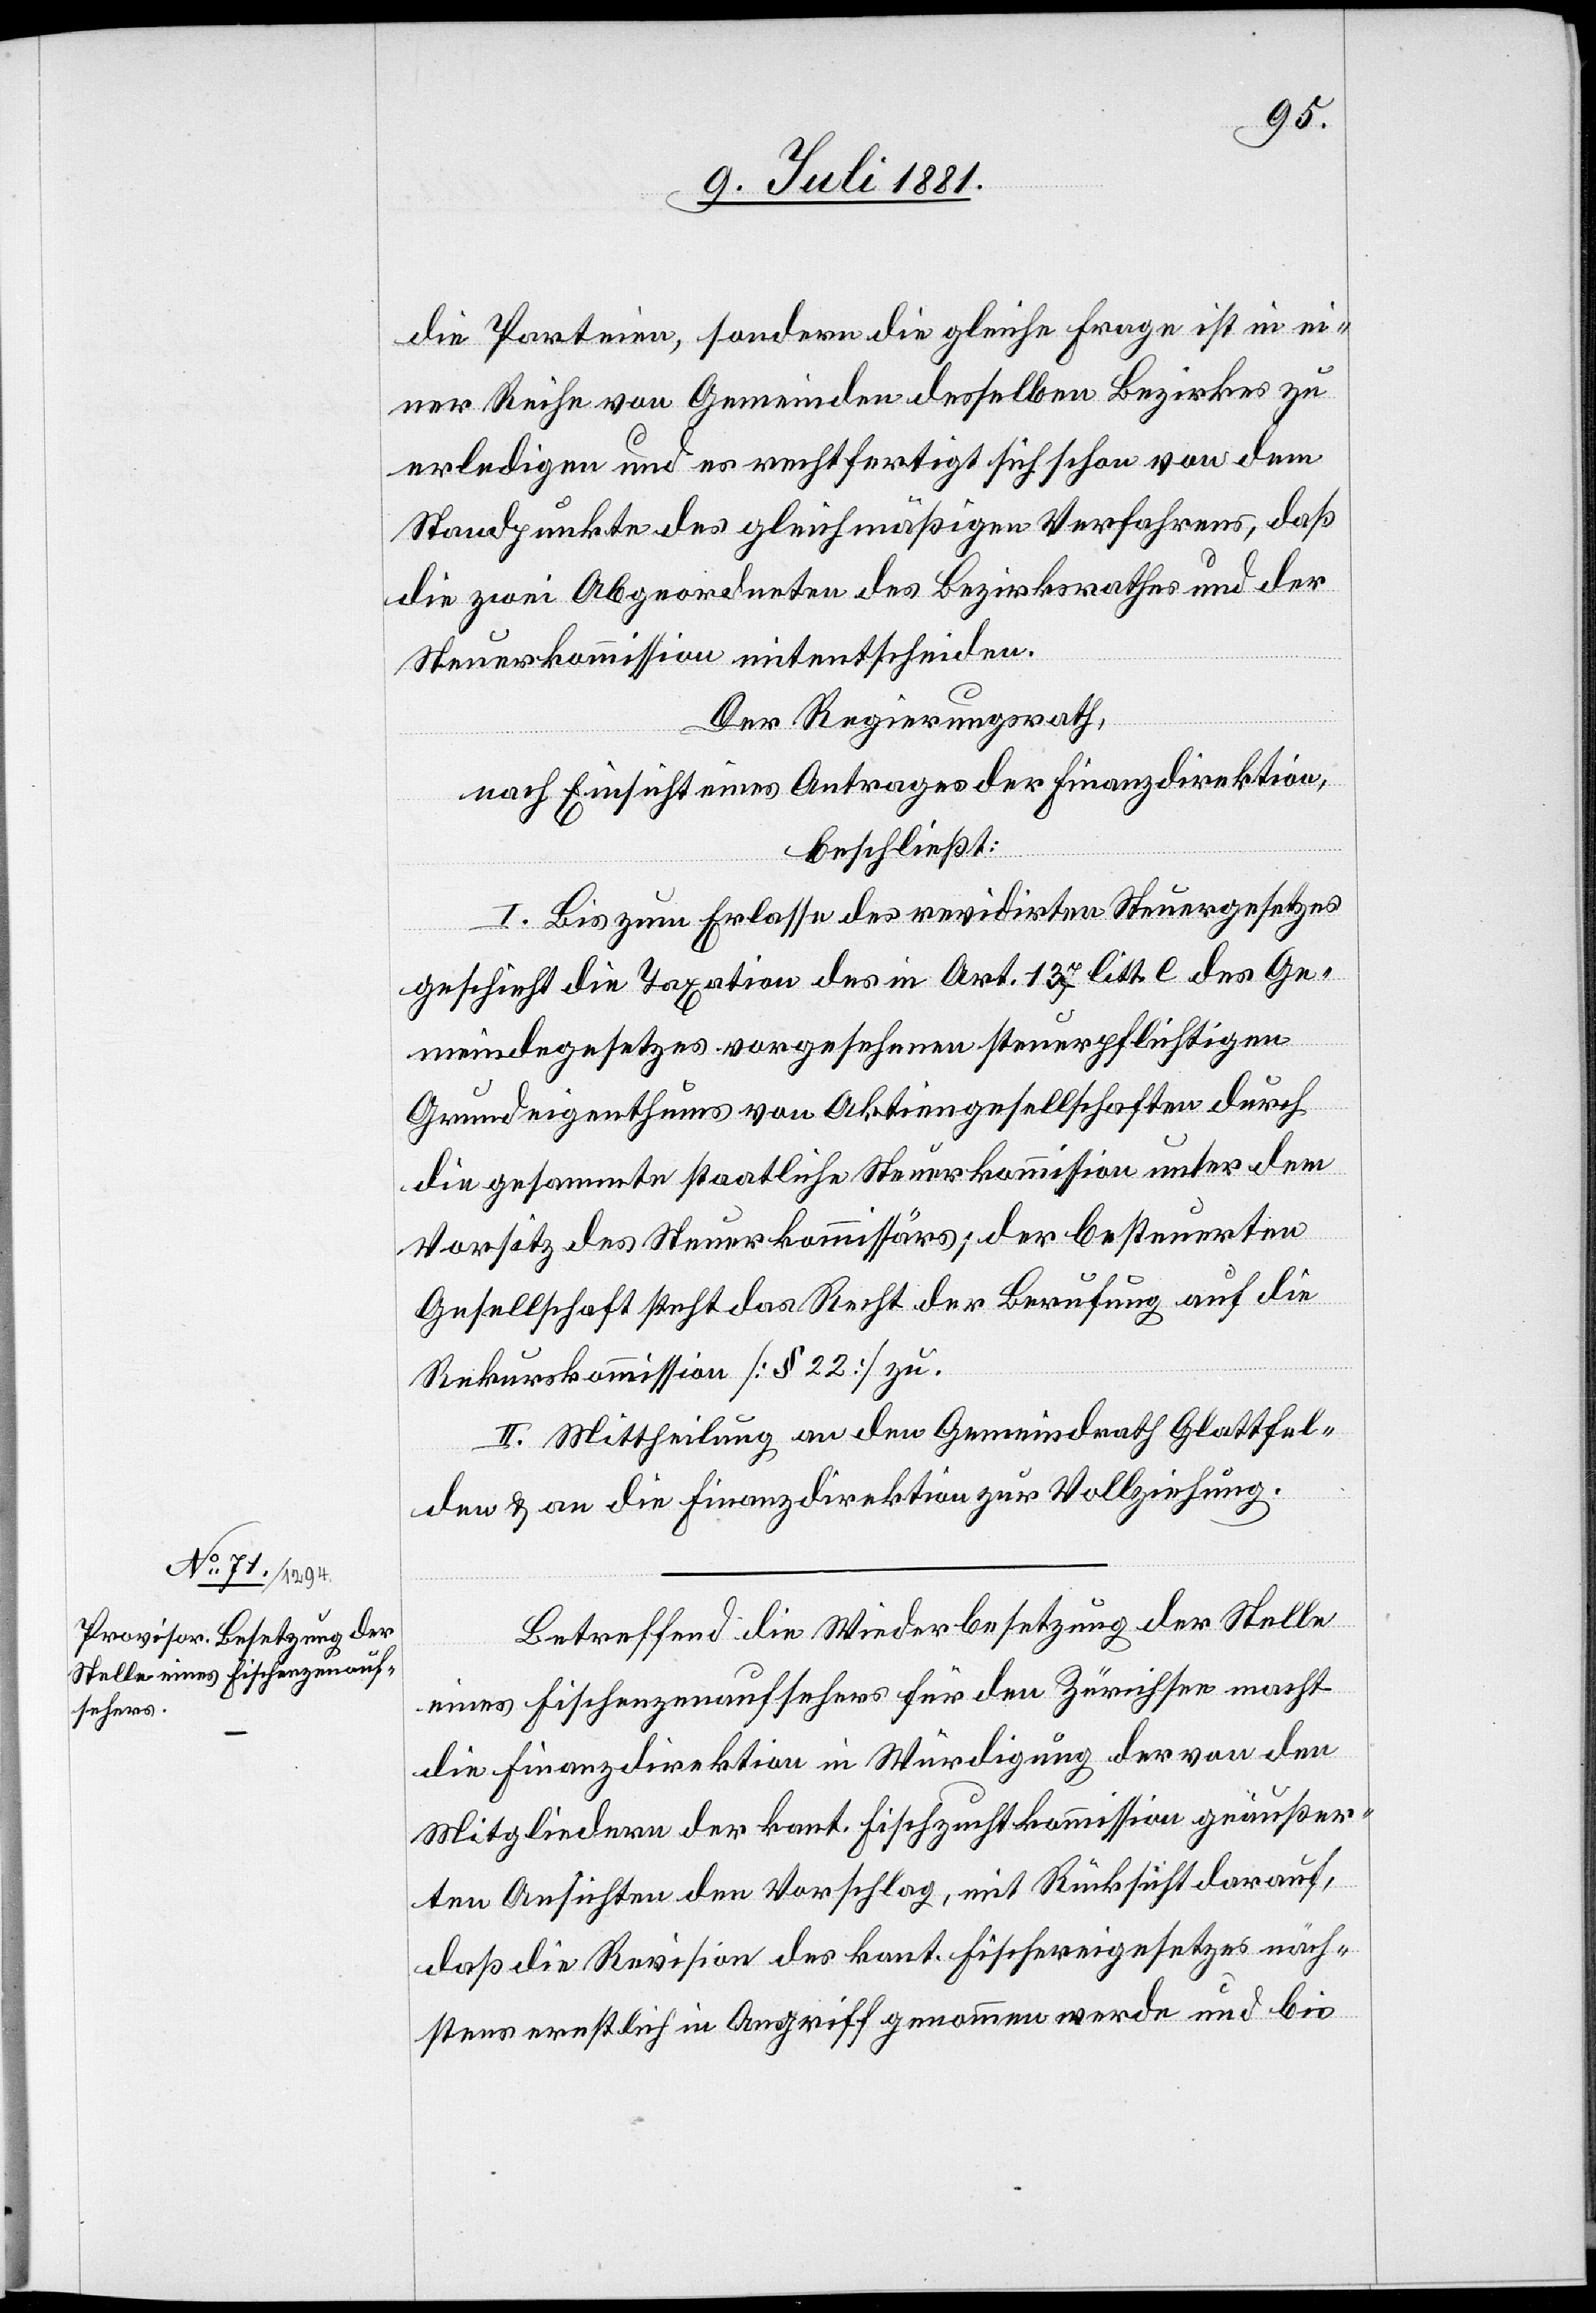
die Petentin, sondern die gleiche Frage ist in ei¬
ner Reihe von Gemeinden desselben Bezirkes zu
erledigen und es rechtfertigt sich schon von dem
Standpunkte des gleichmäßigen Verfahrens, daß
die zwei Abgeordneten des Bezirksrathes und der
Steuerkommission mitentscheiden.
Der Regierungsrath,
nach Einsicht eines Antrages der Finanzdirektion,
beschließt:
I. Bis zum Erlasse des revidirten Steuergesetzes
geschieht die Taxation des in Art.137 litt. e des Ge¬
meindegesetzes vorgesehenen steuerpflichtigen
Grundeigenthums von Aktiengesellschaften durch
die gesammte staatliche Steuerkommission unter dem
Vorsitz des Steuerkommissärs; der besteuerten
Gesellschaft steht das Recht der Berufung auf die
Rekurskommission [§ 22] zu.
II. Mittheilung an den Gemeindrath Glattfel¬
den & an die Finanzdirektion zu Vollziehung.
Betreffend die Wiederbesetzung der Stelle
eines Fischenzenaufsehers für den Zürichsee macht
die Finanzdirektion in Würdigung der von den
Mitgliedern der kant. Fischzuchtkommission geäußer¬
ten Ansichten den Vorschlag, mit Rücksicht darauf,
daß die Revision des kant. Fischereigesetzes näch¬
stens ernstlich in Angriff genommen werde und bis